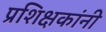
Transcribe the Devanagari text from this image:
प्रशिक्षकांनी